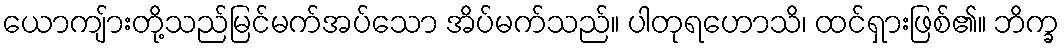
ယောကျ်ားတို့သည်မြင်မက်အပ်သော အိပ်မက်သည်။ ပါတုရဟောသိ၊ ထင်ရှားဖြစ်၏။ ဘိက္ခ